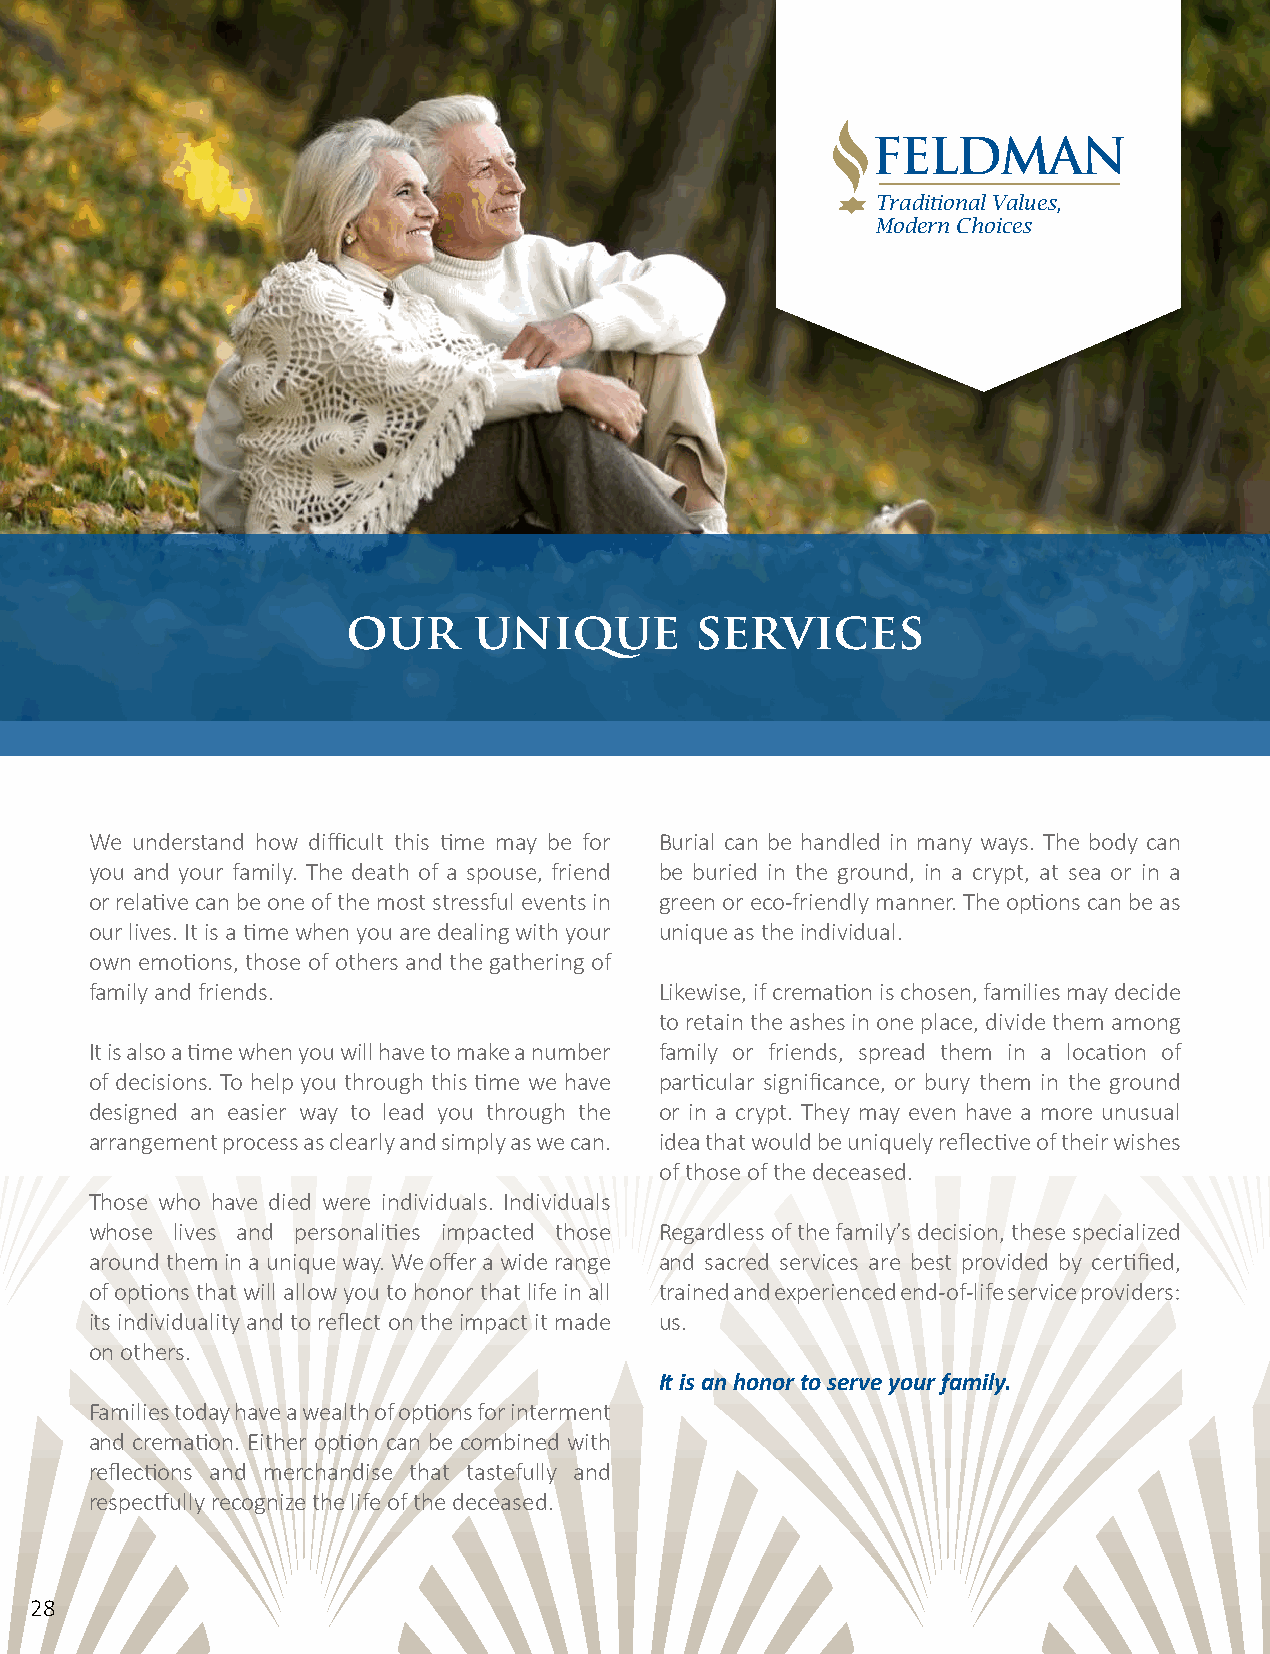
Traditional Values,
 Modern Choices
 our     unique         services
 We understand how difficult this time may be for Burial can be handled in many ways. The body can
 you and your family. The death of a spouse, friend be buried in the ground, in a crypt, at sea or in a
 or relative can be one of the most stressful events in green or eco-friendly manner. The options can be as
 our lives. It is a time when you are dealing with your unique as the individual.
 own emotions, those of others and the gathering of
 family and friends.                   Likewise, if cremation is chosen, families may decide
 to retain the ashes in one place, divide them among
 It is also a time when you will have to make a number family or friends, spread them in a location of
 of decisions. To help you through this time we have particular significance, or bury them in the ground
 designed an easier way to lead you through the or in a crypt. They may even have a more unusual
 arrangement process as clearly and simply as we can. idea that would be uniquely reflective of their wishes
 of those of the deceased.
 Those who have died were individuals. Individuals
 whose lives and personalities impacted those Regardless of the family’s decision, these specialized
 around them in a unique way. We offer a wide range and sacred services are best provided by certified,
 of options that will allow you to honor that life in all trained and experienced end-of-life service providers:
 its individuality and to reflect on the impact it made us.
 on others.
 It is an honor to serve your family.
 Families today have a wealth of options for interment
 and cremation. Either option can be combined with
 reflections and merchandise that tastefully and
 respectfully recognize the life of the deceased.
 28